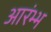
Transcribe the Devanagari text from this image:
आरंभ्भ